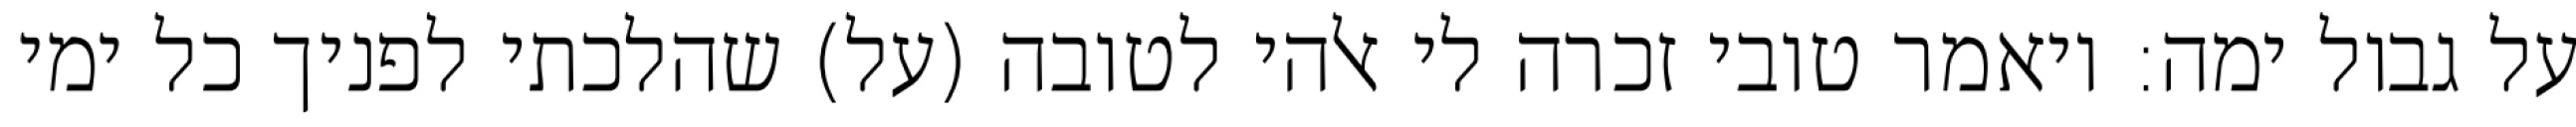
על גבול ימה: ויאמר טובי זכרה לי אלהי לטובה (על) שהלכתי לפניך כל ימי